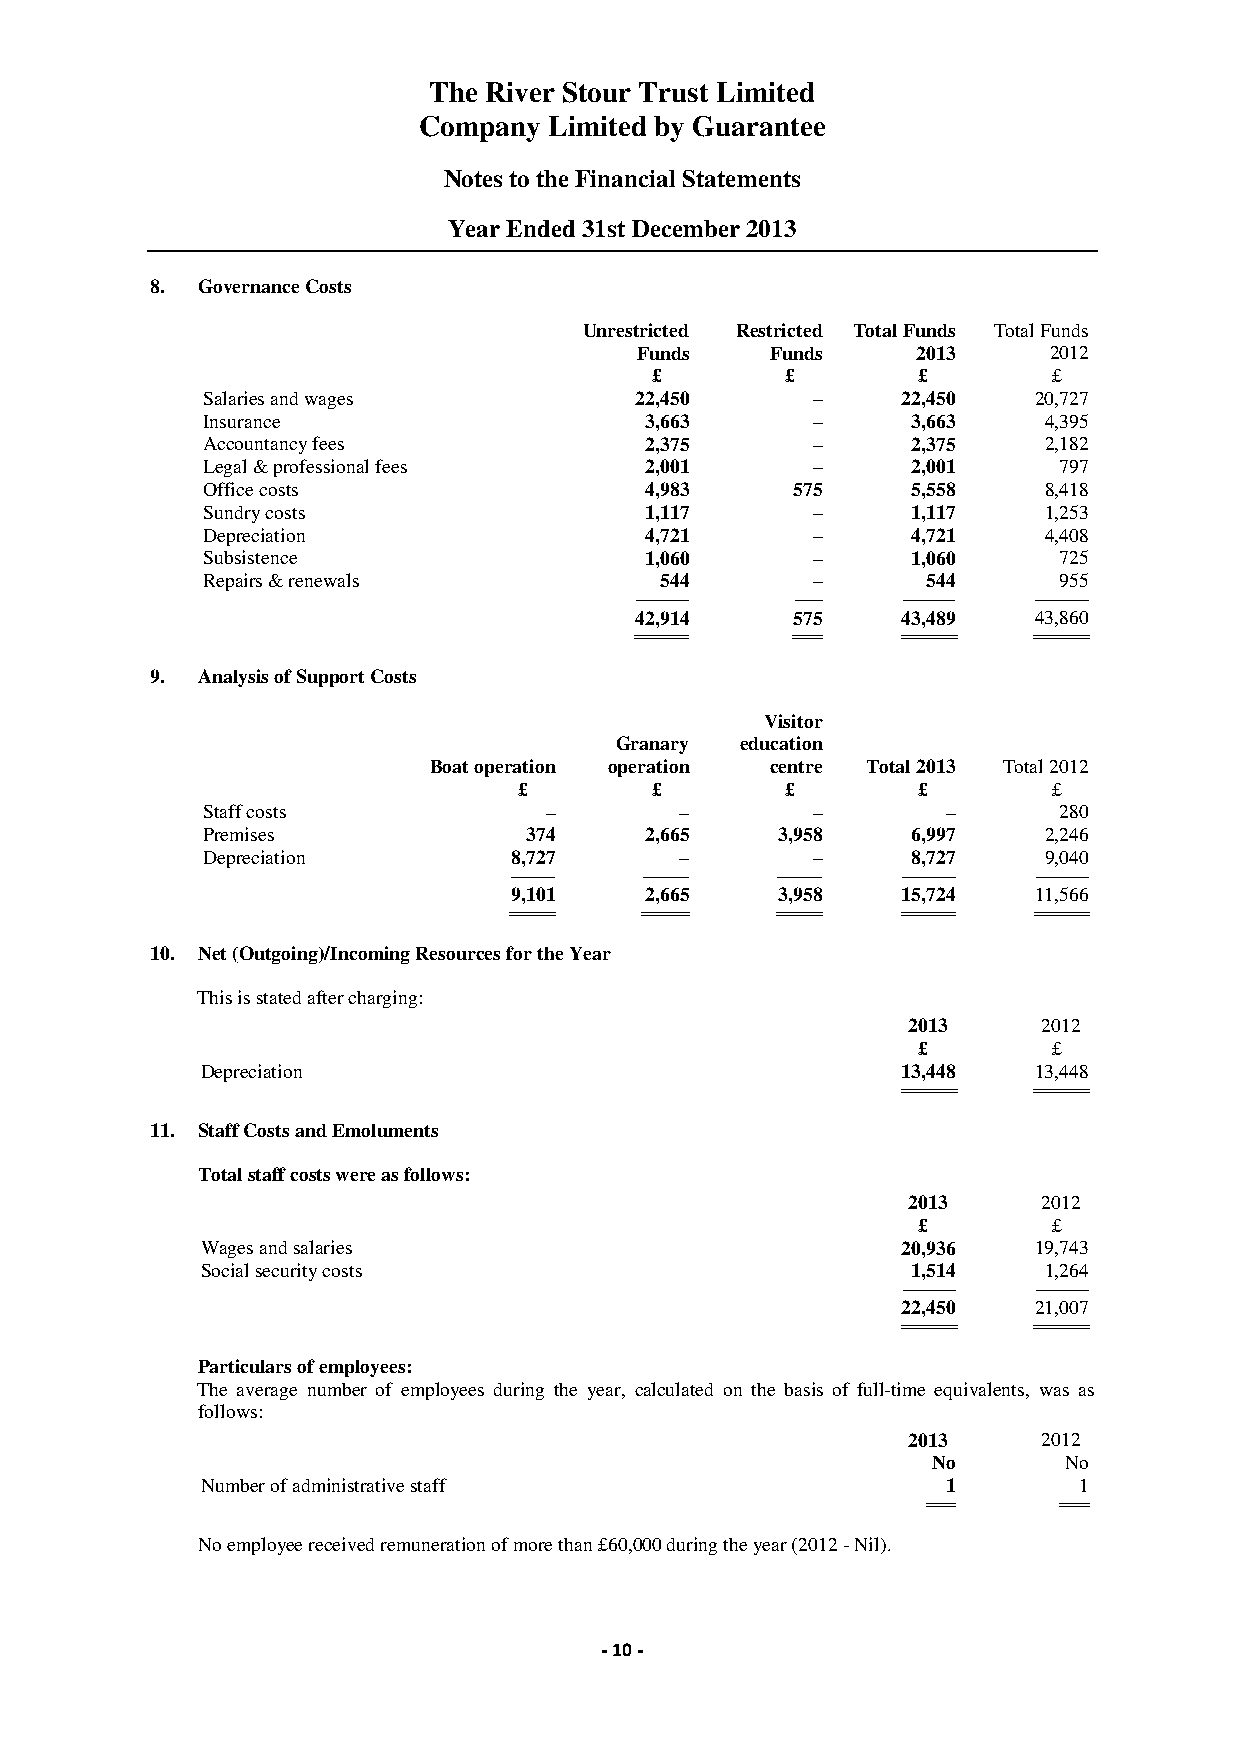
The River Stour Trust Limited
 Company Limited by Guarantee
 Notes to the Financial Statements
 Year Ended 31st December 2013
 8. Governance Costs
 Unrestricted Restricted Total Funds Total Funds
 Funds    Funds     2013    2012
 £        £        £        £
 Salaries and wages           22,450      –     22,450  20,727
 Insurance                     3,663      –     3,663    4,395
 Accountancy fees              2,375      –     2,375    2,182
 Legal & professional fees     2,001      –     2,001     797
 Office costs                  4,983    575     5,558    8,418
 Sundry costs                  1,117      –     1,117    1,253
 Depreciation                  4,721      –     4,721    4,408
 Subsistence                   1,060      –     1,060     725
 Repairs & renewals             544       –      544      955
 -------------------------- ------------- -------------------------- --------------------------
 42,914    575     43,489  43,860
 ========================== ============= ========================== ==========================
 9. Analysis of Support Costs
 Visitor
 Granary education
 Boat operation operation centre Total 2013 Total 2012
 £        £        £        £        £
 Staff costs            –        –        –        –      280
 Premises              374     2,665   3,958    6,997    2,246
 Depreciation         8,727      –        –     8,727    9,040
 ---------------------- ---------------------- ---------------------- -------------------------- --------------------------
 9,101    2,665   3,958    15,724  11,566
 ====================== ====================== ====================== ========================== ==========================
 10. Net (Outgoing)/Incoming Resources for the Year
 This is stated after charging:
 2013     2012
 £        £
 Depreciation                                   13,448  13,448
 ========================== ==========================
 11. Staff Costs and Emoluments
 Total staff costs were as follows:
 2013     2012
 £        £
 Wages and salaries                             20,936  19,743
 Social security costs                          1,514    1,264
 -------------------------- --------------------------
 22,450  21,007
 ========================== ==========================
 Particulars of employees:
 The average number of employees during the year, calculated on the basis of full-time equivalents, was as
 follows:
 2013     2012
 No      No
 Number of administrative staff                    1       1
 ============= =============
 No employee received remuneration of more than £60,000 during the year (2012 - Nil).
 - 10 -